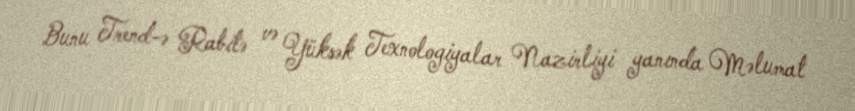
Bunu Trend-ə Rabitə və Yüksək Texnologiyalar Nazirliyi yanında Məlumat